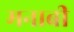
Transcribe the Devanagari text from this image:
मनाबी